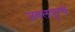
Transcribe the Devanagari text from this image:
जबलपूरचे